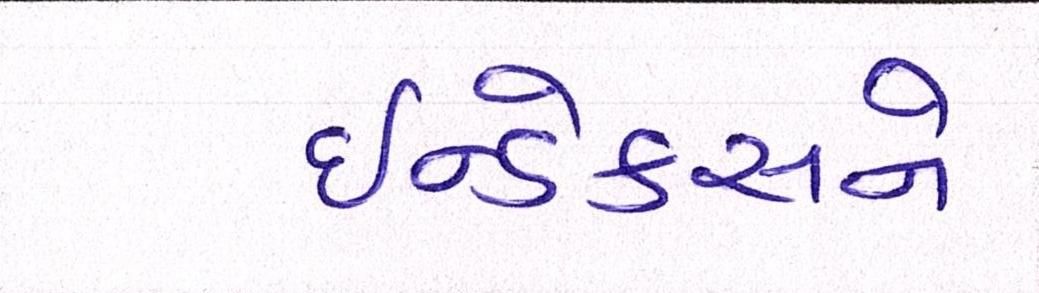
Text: ઇન્ડેક્સને